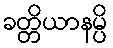
ခတ္တိယာနမ္ပိ